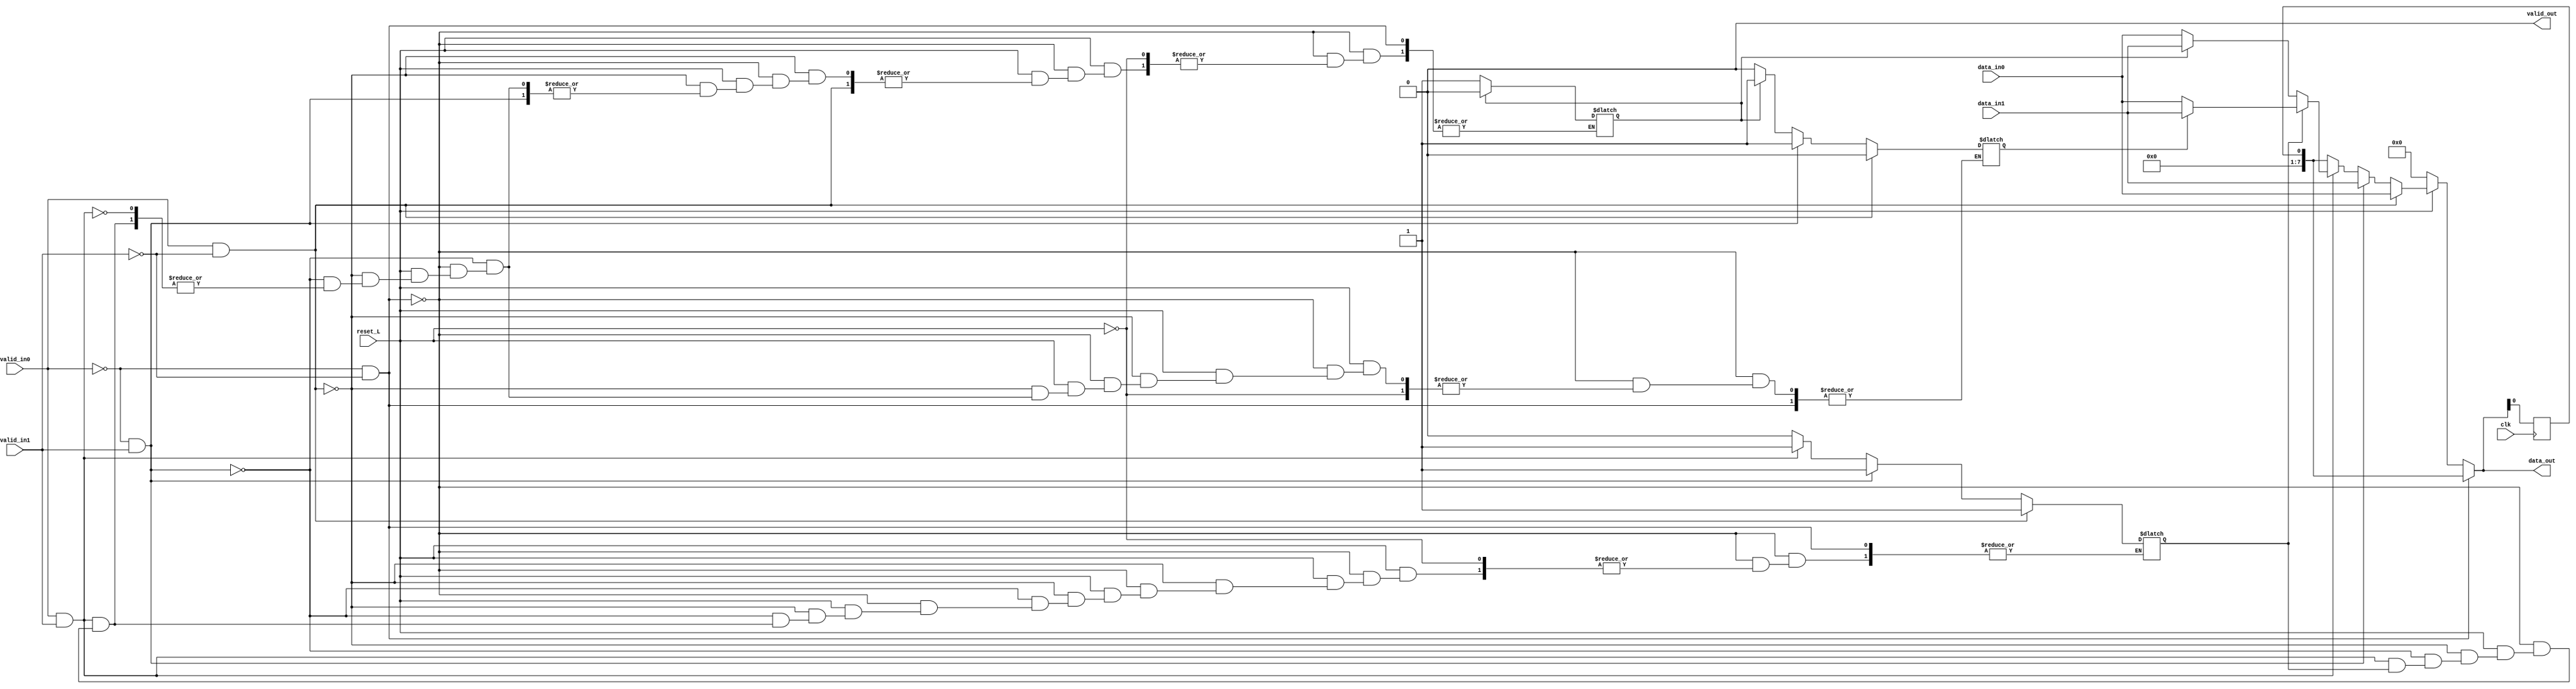
module mux (
	input clk,
	input reset_L,
	output reg[7:0] data_out,
	input [7:0] data_in0,
	input [7:0] data_in1,
	input valid_in0,
	input valid_in1,
	output reg valid_out);
	
	reg selector, validout_mem, flag, selector2, dataout_mem;
	reg[7:0] data_outmem;
	reg[1:0] contador;

	initial begin
		valid_out = 0;
		validout_mem = 0;
		flag = 0;
		selector = 0;
		selector2 = 0;
		contador = 'b0;
		
	end
	always @ (*) begin
		data_out = dataout_mem;
		valid_out = validout_mem;
		if (valid_in0 == 0 && valid_in1 == 0)begin
			data_out = dataout_mem;
			valid_out = validout_mem;
		end
		else begin
			if (!reset_L) begin
				data_out = 8'b0;
			end
			else begin
				if (valid_in0 == 1 && valid_in1 == 0)begin
					data_out = data_in0;
					flag = 1;	
					selector = 0;					
				end
				else if (valid_in0 == 0 && valid_in1 == 1)begin
					data_out = data_in1;
					flag = 1;
					selector = 1;						
				end
				else if (valid_in0 == 1 && valid_in1 == 1)begin
					if (flag) begin
						if (selector)begin
							data_out = data_in1;
						end
						else begin
							data_out = data_in0;
						end
					end
					else begin
						if (selector2) begin
							data_out = data_in1;
							selector = 1;
							flag = 1;
							selector2 = 0;
						end
						else begin
							data_out = data_in0;
							selector = 0;
							flag = 1;
							selector2 = 1;
						end
					end						
				end
				else begin
					flag = 0;
				end
			end
		end
	end
	always @ (posedge clk) begin
		dataout_mem = data_out;
	end

endmodule